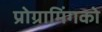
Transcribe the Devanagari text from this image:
प्रोग्रामिंगको